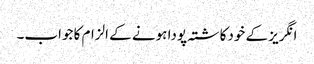
انگریز کے خودکاشتہ پودا ہونے کے الزام کا جواب۔